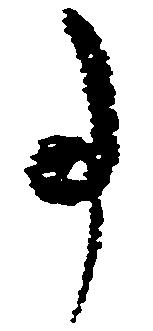
事